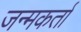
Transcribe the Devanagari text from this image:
जन्मकर्ता